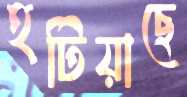
হটিয়াছে